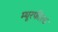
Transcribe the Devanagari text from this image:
म्यूरफील्ड